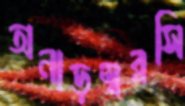
অনাড়ম্বরসি